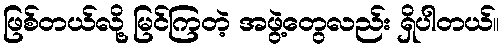
ဖြစ်တယ်လို့ မြင်ကြတဲ့ အဖွဲ့တွေလည်း ရှိပါတယ်။